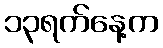
၁၃ရက်နေ့က